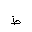
Letter: _da